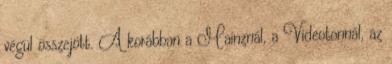
végül összejött. A korábban a Mainznál, a Videotonnál, az